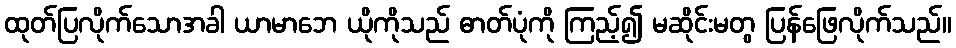
ထုတ်ပြလိုက်သောအခါ ယာမာဘေ ယိုကိုသည် ဓာတ်ပုံကို ကြည့်၍ မဆိုင်းမတွ ပြန်ဖြေလိုက်သည်။